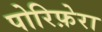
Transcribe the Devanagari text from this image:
पोरिफ़ेरा